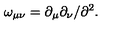
\omega _ { \mu \nu } = \partial _ { \mu } \partial _ { \nu } / \partial ^ { 2 } .